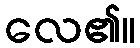
လေ၏။